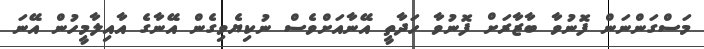
މަސްގަންނަން ފޮނުވާ ބާޒާރަށް ފޮނުވާ ހަދާތީ އޭނާއަށްވެސް ނުކިޔެވިގެން އޭނާގެ އާއިލާމީހުން އޭނަ